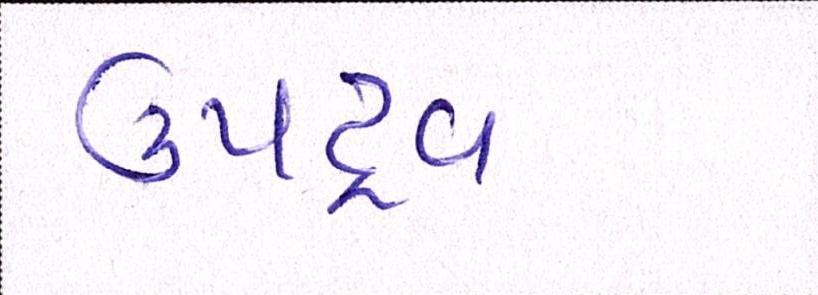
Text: ઉપદ્રવ